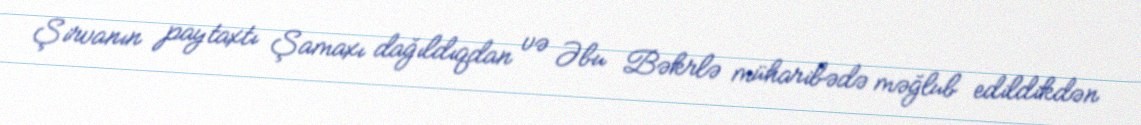
Şirvanın paytaxtı Şamaxı dağıldıqdan və Əbu Bəkrlə müharibədə məğlub edildikdən